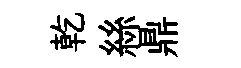
乾絲鼎